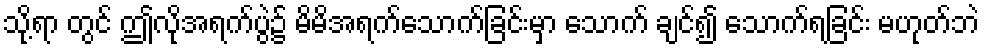
သို့ရာ တွင် ဤလိုအရက်ပွဲ၌ မိမိအရက်သောက်ခြင်းမှာ သောက် ချင်၍ သောက်ရခြင်း မဟုတ်ဘဲ